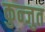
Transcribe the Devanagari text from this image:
कुन्जुत